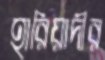
হারিয়াদীর